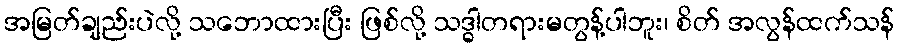
အမြတ်ချည်းပဲလို့ သဘောထားပြီး ဖြစ်လို့ သဒ္ဓါတရားမတွန့်ပါဘူး၊ စိတ် အလွန်ထက်သန်